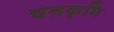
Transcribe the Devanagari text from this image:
चलकृमि